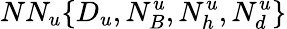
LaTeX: NN_{u}\{ D_{u},N_{B}^{u},N_{h}^{u},N_{d}^{u}\}